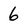
Character: 6